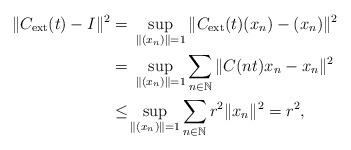
\begin{align*} \|C_{\mathrm{ext}}(t) - I \|^2 = &\ \sup_{\|(x_n)\|=1} \|C_{\mathrm{ext}}(t) (x_n) - (x_n)\|^2 \\ =&\ \sup_{\|(x_n)\|=1} \sum_{n \in {\mathbb N}} \|C(nt) x_n- x_n\|^2\\ \leq& \sup_{\|(x_n)\|=1} \sum_{n \in {\mathbb N}} r^2 \|x_n\|^2 = r^2, \end{align*}